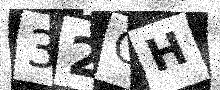
Text: 32OH